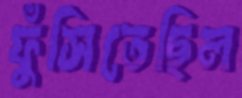
ফুঁসিতেছিল